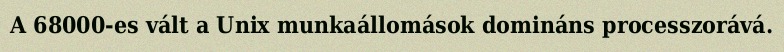
A 68000-es vált a Unix munkaállomások domináns processzorává.